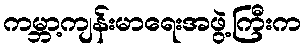
ကမ္ဘာ့ကျန်းမာရေးအဖွဲ့ကြီးက